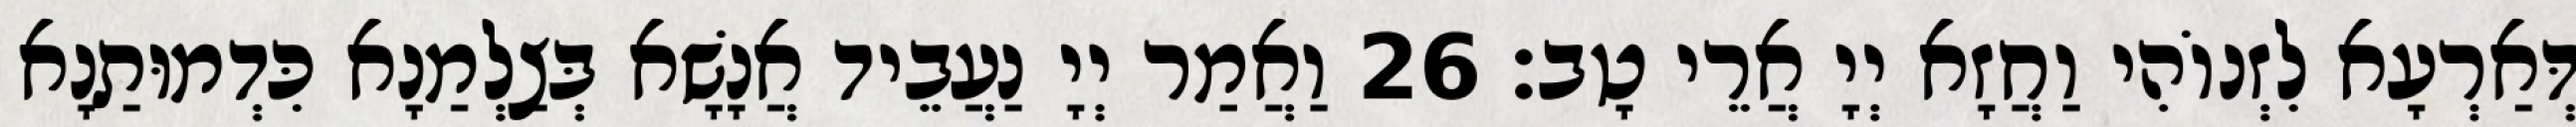
דְּאַרְעָא לִזְנוֹהִי וַחֲזָא יְיָ אֲרֵי טָב׃ 26 וַאֲמַר יְיָ נַעֲבֵיד אֲנָשָׁא בְּצַלְמַנָא כִּדְמוּתַנָא